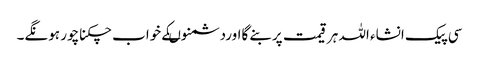
سی پیک انشاء اللہ ہرقیمت پربنے گااوردشمنوںکے خواب چکناچور ہونگے۔